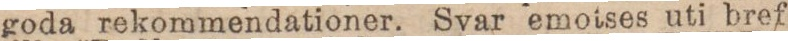
goda rekommendationer. Svar emotses uti bref